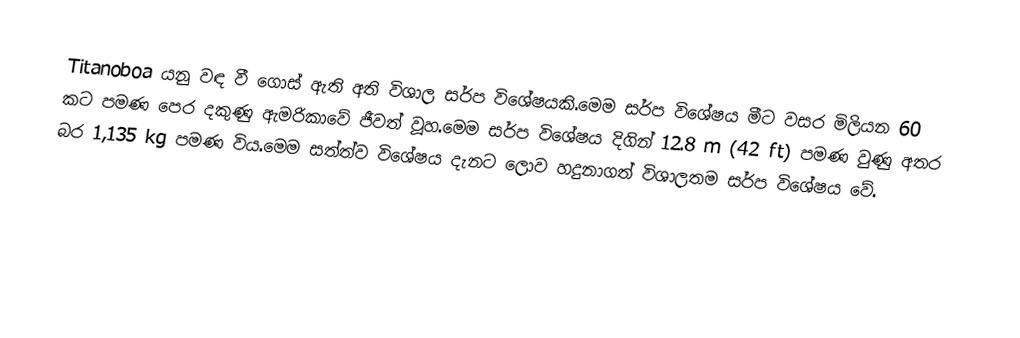
Titanoboa යනු වඳ වී ගොස් ඇති අති විශාල සර්ප විශේෂයකි.මෙම සර්ප විශේෂය මීට වසර මිලියන 60 කට පමණ පෙර දකුණු ඇමරිකාවේ ජීවත් වූහ.මෙම සර්ප විශේෂය දිගින්  12.8 m (42 ft) පමණ වුණු අතර බර 1,135 kg  පමණ විය.මෙම සත්ත්ව විශේෂය දැනට ලොව හදුනාගත් විශාලතම සර්ප විශේෂය වේ.